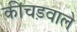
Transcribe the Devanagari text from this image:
कीचड़वाले